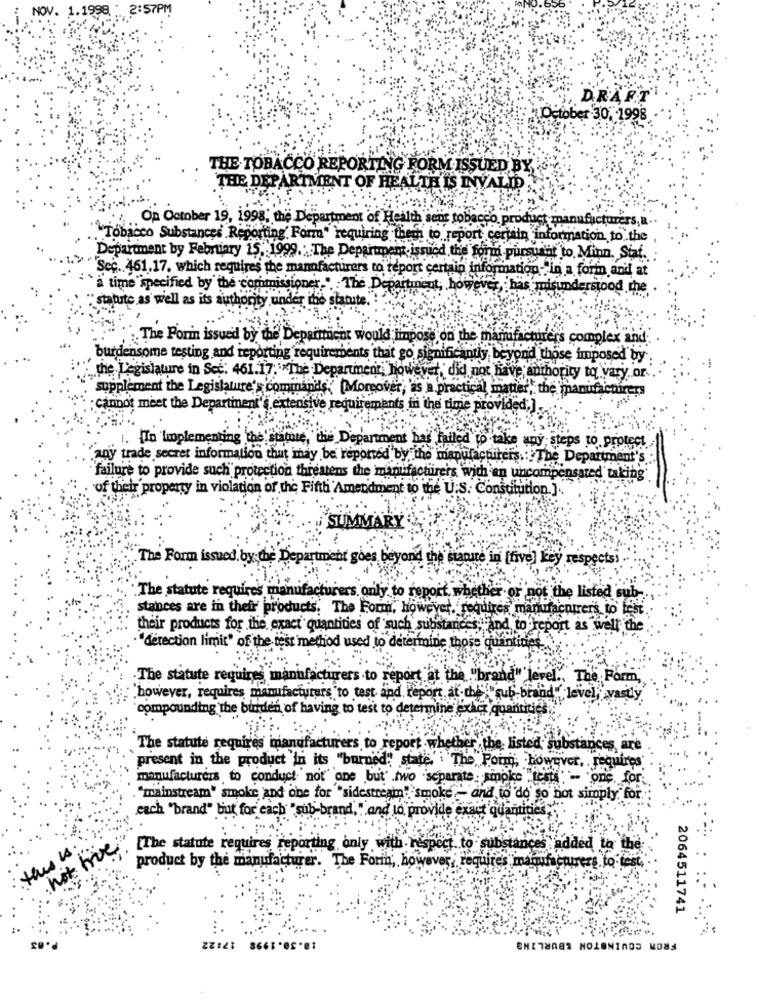
NOV. 1.1998 : 2:57PM
, DRAFT
October 30, 1998
THE TOBACCO REPORTING FORM ISSUED BY,
THE DEPARTMENT OF HEALTH IS INVALID
Op October 19, 1998, the Department of Health sent tobacco, product manufacturers, a
Tobacco Substances Reporting. Form" requiring them to report certain information to the
Department by February 15, 1999. The Department issued the form pursunat to Minn, Siat.
Sec .. 461,17, which requires the manufacturers to report certain information-"in a form and at
a time specified by the commis
The I
partment, however, has misunderstood the
statute as well as its authority under the statute
The Form issued by the Depatient would impose on the manufacturer's complex and
burdensome testing and reporting requirements that go significantly, beyond those imposed by
the Legislature in Sec: 461.17."The Department, however, did not have anthority to vary or
supplement the Legislature's commands, (Moreover, as a practical matter, the manufacturers
cannot meet the Departinent's extensive requirements in the time provided;].
1. [In Implementing the'stamte, the Department has failed to take any steps to protect
any trade secret information that may be reported by the manufacturers. : The Department's
failure to provide such protection threatens the manufacturers with en uncompensated taking
of their property in violation of the Fifth Amendment to the U.S. Constitution.] ..
SUMMARY
-
The Form issued by the Department goes beyond the stanute in [five] key respects
.The statute requires manufacturers, only to report, wheth
not the listed sul
stances are in their products. The Form, however, requires manufacturer's to test
their products for the exact quantities of such substances land to report as well the
"derection limit" of the test method used to determine those qua
The statute requires manufacturers to report at the "brand" level ., The Form,
"however, requires, manufacturers to test and report af.die"
"sub brand" level, vastly
compounding the burden of having to test to determine exact quantities
The statute requires imanufacturers to report wh
er the listed substans
present in the product In its "burned, state,' The Poim, however, , requires
manufacturers to conduct not' one but .two separate. smoke "tests
'- 'one. for
. "mainstream" smoke and one for "sidestream""smoke - and to do so hot simply for
each "brand" but for each "sub-brand," and to provide'e
uantitić
this is.
not true
[The statute requires reporting only with respect to substances added to
product by the manufacturer. The Forin, however, requires manuf
rers to test
2064511741
17:22
8.30.1998
FROM COWINSTON &BURLING